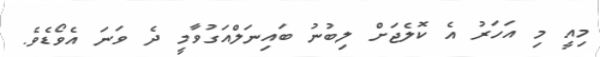
މިއީ މި އަހަރު އެ ކޮލެޖަށް ލިބުނު ބައިނަލްއަގުވާމީ ދެ ވަނަ އެވޯޑެވެ.